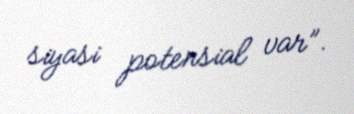
siyasi potensial var”.